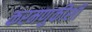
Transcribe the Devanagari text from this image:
करमणुकीशी